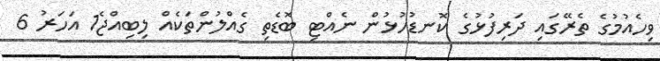
ވިހެއުމުގެ ތެރޭގައި ދަރިފުޅުގެ ކޮނޑުހުޅުން ނެއްޓި ބޮޑެތި ގެއްލުންތަކެއް ލިބިއްޖެ1 އަހަރު 6